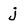
Character: j